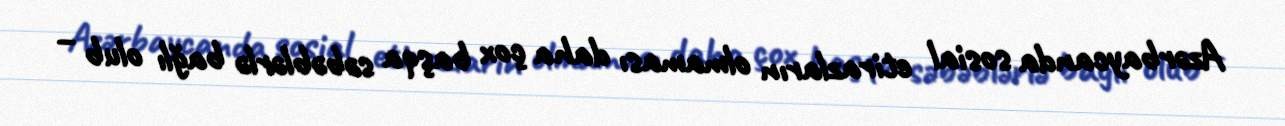
Azərbaycanda sosial etirazların olmaması daha çox başqa səbəblərlə bağlı olub –